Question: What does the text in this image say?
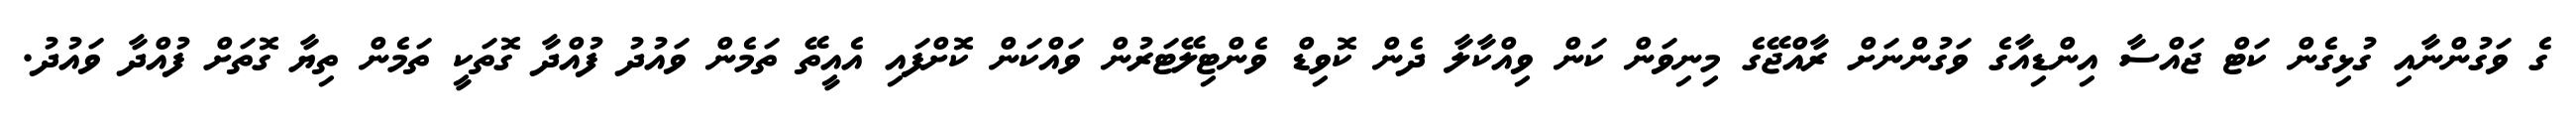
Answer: ގެ ވަގުންނާއި ގުޅިގެން ކަޓް ޖައްސާ އިންޑިއާގެ ވަގުންނަށް ރާއްޖޭގެ މިނިވަން ކަން ވިއްކާލާ ދެން ކޮވިޑް ވެންޓިލޭޓަރުން ވައްކަން ކޮށްފައި އެއީތޭ ތަމެން ވައުދު ފުއްދާ ގޮތަކީ ތަމެން ތިޔާ ގޮތަށް ފުއްދާ ވައުދު.